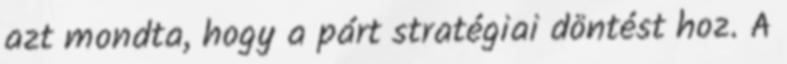
azt mondta, hogy a párt stratégiai döntést hoz. A